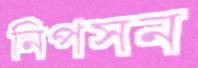
নিপসন